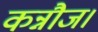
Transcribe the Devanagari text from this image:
कन्नौज।